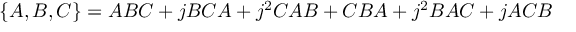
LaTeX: \{ A , B , C \} = A B C + j B C A + j ^ { 2 } C A B + C B A + j ^ { 2 } B A C + j A C B